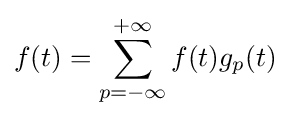
f(t)=\sum _{p=-\infty }^{+\infty }f(t)g_{p}(t)